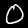
Label: 0